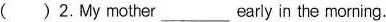
( )2.My mother___early in the morning.